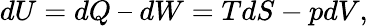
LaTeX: dU=dQ\ –\ dW=TdS-pdV,